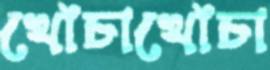
খোঁচাখোঁচা